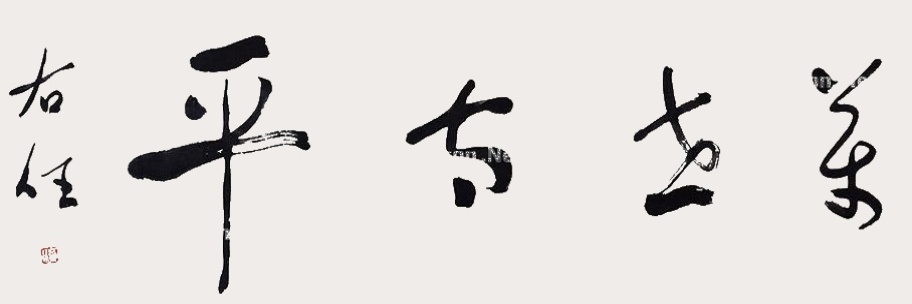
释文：万事太平于右任